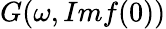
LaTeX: G(\omega,Imf(0))